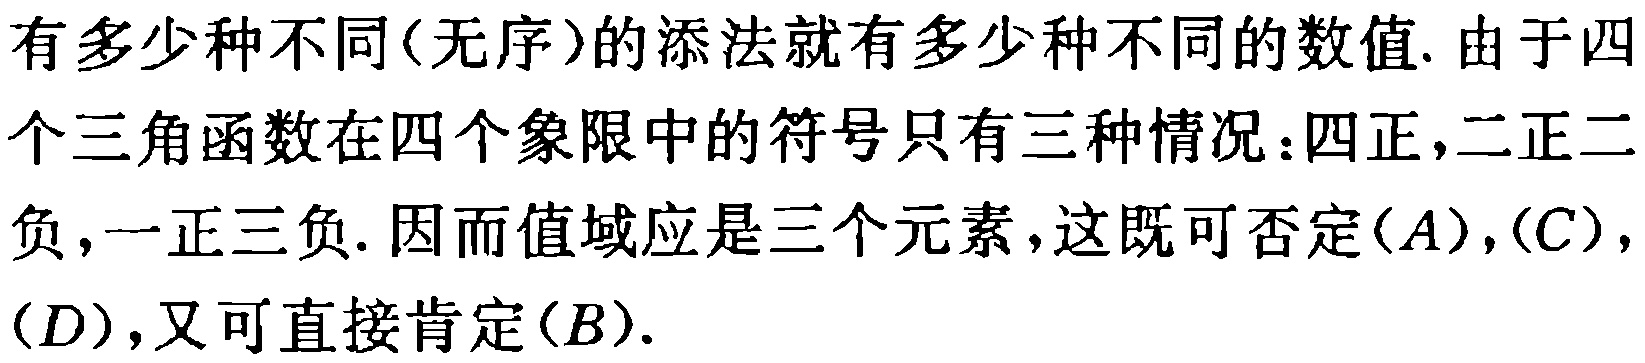
有多少种不同(无序)的添法就有多少种不同的数值. 由于四个三角函数在四个象限中的符号只有三种情况：四正,二正二负,一正三负. 因而值域应是三个元素，这既可否定$(A),(C),(D)$,又可直接肯定$(B)$.